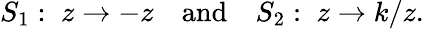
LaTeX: S_{1}:\; z\to-z\quad\mathrm{and}\quad S_{2}:\; z\to k/z.